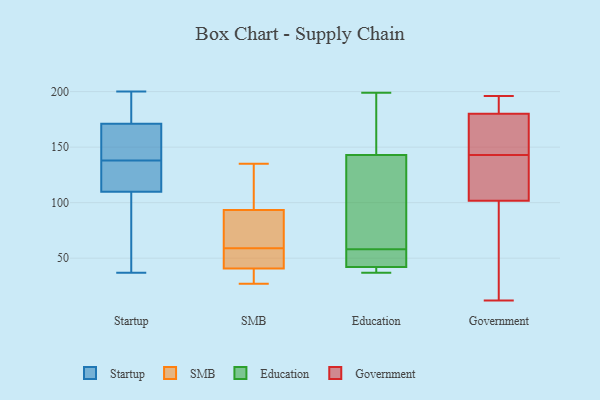
{"axis": {"x": "Conversion Rate (%)", "y": "Value"}, "legend": ["Education", "Government", "SMB", "Startup"], "data": [{"x": "", "y": 174, "type": "Startup"}, {"x": "", "y": 66, "type": "Startup"}, {"x": "", "y": 165, "type": "Startup"}, {"x": "", "y": 97, "type": "Startup"}, {"x": "", "y": 37, "type": "Startup"}, {"x": "", "y": 184, "type": "Startup"}, {"x": "", "y": 151, "type": "Startup"}, {"x": "", "y": 170, "type": "Startup"}, {"x": "", "y": 131, "type": "Startup"}, {"x": "", "y": 138, "type": "Startup"}, {"x": "", "y": 200, "type": "Startup"}, {"x": "", "y": 114, "type": "Startup"}, {"x": "", "y": 115, "type": "Startup"}, {"x": "", "y": 135, "type": "SMB"}, {"x": "", "y": 36, "type": "SMB"}, {"x": "", "y": 80, "type": "SMB"}, {"x": "", "y": 83, "type": "SMB"}, {"x": "", "y": 55, "type": "SMB"}, {"x": "", "y": 55, "type": "SMB"}, {"x": "", "y": 97, "type": "SMB"}, {"x": "", "y": 104, "type": "SMB"}, {"x": "", "y": 36, "type": "SMB"}, {"x": "", "y": 59, "type": "SMB"}, {"x": "", "y": 27, "type": "SMB"}, {"x": "", "y": 43, "type": "Education"}, {"x": "", "y": 39, "type": "Education"}, {"x": "", "y": 182, "type": "Education"}, {"x": "", "y": 199, "type": "Education"}, {"x": "", "y": 39, "type": "Education"}, {"x": "", "y": 194, "type": "Education"}, {"x": "", "y": 130, "type": "Education"}, {"x": "", "y": 43, "type": "Education"}, {"x": "", "y": 106, "type": "Education"}, {"x": "", "y": 58, "type": "Education"}, {"x": "", "y": 104, "type": "Education"}, {"x": "", "y": 37, "type": "Education"}, {"x": "", "y": 44, "type": "Education"}, {"x": "", "y": 12, "type": "Government"}, {"x": "", "y": 71, "type": "Government"}, {"x": "", "y": 177, "type": "Government"}, {"x": "", "y": 150, "type": "Government"}, {"x": "", "y": 104, "type": "Government"}, {"x": "", "y": 189, "type": "Government"}, {"x": "", "y": 109, "type": "Government"}, {"x": "", "y": 196, "type": "Government"}, {"x": "", "y": 130, "type": "Government"}, {"x": "", "y": 191, "type": "Government"}, {"x": "", "y": 143, "type": "Government"}, {"x": "", "y": 157, "type": "Government"}, {"x": "", "y": 95, "type": "Government"}]}